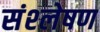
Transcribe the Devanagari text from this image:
संश्‍लेषण